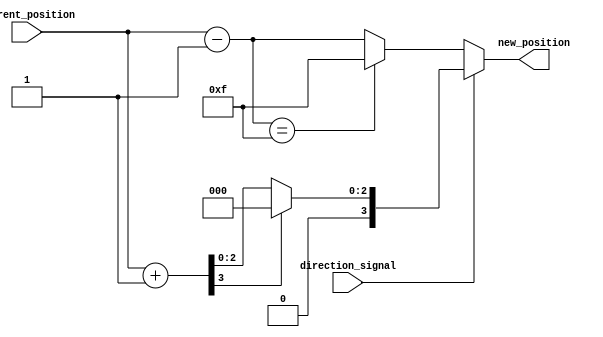
module RelativeEncoder #(
    parameter N = 4 // Define the number of bits for the position
)(
    input  [N-1:0] current_position, // Current position (N bits)
    input         direction_signal,    // Direction signal (1 bit)
    output [N-1:0] new_position        // New position (N bits)
);

    // Calculate the new position based on the direction signal
    wire [N-1:0] incremented_position;
    wire [N-1:0] decremented_position;

    // Increment the current position
    assign incremented_position = current_position + 1'b1;

    // Decrement the current position
    assign decremented_position = current_position - 1'b1;

    // Output logic with wrap-around handling
    assign new_position = (direction_signal) ? 
                          (incremented_position[N-1:N-1] == 1'b1 ? 0 : incremented_position) : // Wrap around if overflow
                          (decremented_position[N-1:0] == {N{1'b1}} ? {N{1'b1}} : decremented_position); // Wrap around if underflow

endmodule